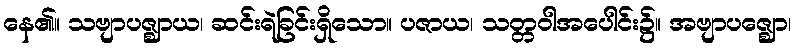
နေ၏။ သဗျာပဇ္ဈာယ၊ ဆင်းရဲခြင်းရှိသော။ ပဇာယ၊ သတ္တဝါအပေါင်း၌။ အဗျာပဇ္ဈော၊